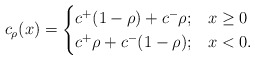
\begin{align*}c_\rho(x) =\begin{cases}c^+ (1-\rho)+ c^- \rho; & x \geq 0\\c^+ \rho + c^- (1-\rho); & x <0.\end{cases}\end{align*}